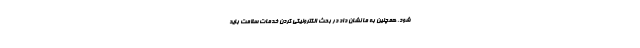
شود. همچنین به ما نشان داد در بحث الکترونیکی کردن خدمات سلامت باید